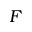
F